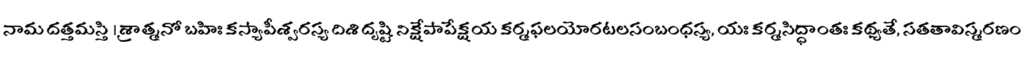
నామ దత్తమస్తి । శ్రాత్మనో బహిః కస్యాపీశ్వరస్య దిశి దృష్టి నిక్షేపాపేక్షయ కర్మఫలయోరటలసంబంధస్య, యః కర్మసిద్ధాంతః కథ్యతే, సతతావిస్మరణం